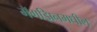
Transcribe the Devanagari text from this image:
मॅगझिनमधील